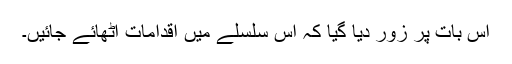
اس بات پر زور دیا گیا کہ اس سلسلے میں اقدامات اٹھائے جائیں۔